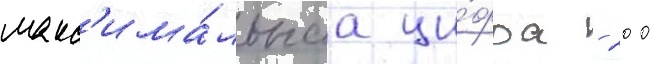
макс'има́льнаа ци́фра - 200